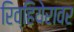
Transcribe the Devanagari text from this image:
रिव्हियेरावर